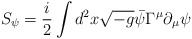
\begin{align*}S_{\psi} = \frac{i}{2} \int d^2 x \sqrt{-g} \bar{\psi} \Gamma^{\mu}\partial_{\mu} \psi\end{align*}